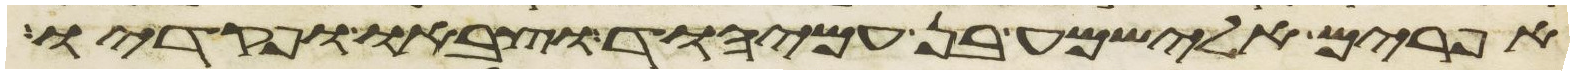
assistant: אפרים אלישמע בן עמיהוד וצבאו ופקדיו